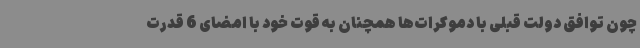
چون توافق دولت قبلی با دموکرات‌ها همچنان به قوت خود با امضای 6 قدرت